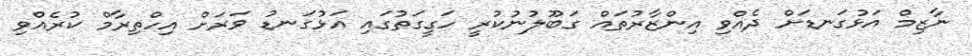
ނާޒިމް އަޅުގަނޑަށް ދެއްވި އިންޒާރުތައް ގަބޫލުނުކުރީ ހަގީގަތުގައި އަޅުގަނޑު ވަރަށް އިހްތިރާމް ކުރެއްވި